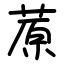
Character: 蒝